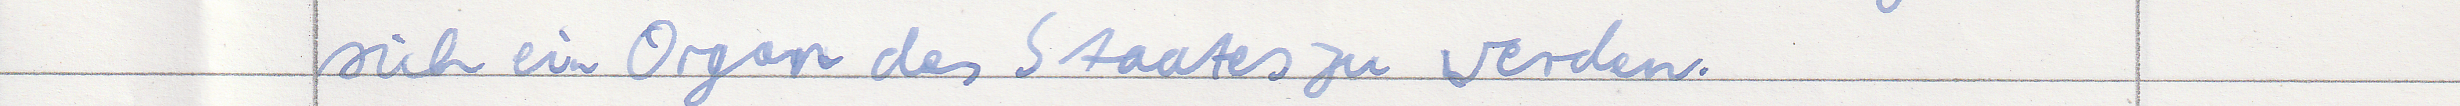
sich ein Organ des Staates zu werden.